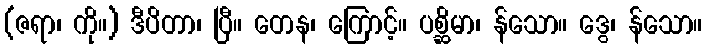
(ဇရာ၊ ကို။) ဒီပိတာ၊ ပြီ။ တေန၊ ကြောင့်။ ပစ္ဆိမာ၊ န်သော။ ဒွေ၊ န်သော။